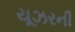
યૂઝરની